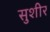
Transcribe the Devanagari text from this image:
सुशीर